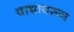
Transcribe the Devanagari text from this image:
वाद्यावरून